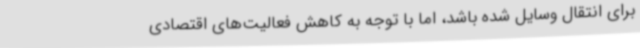
برای انتقال وسایل شده باشد، اما با توجه به کاهش فعالیت‌های اقتصادی